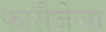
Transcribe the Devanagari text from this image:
फासैजेचा